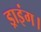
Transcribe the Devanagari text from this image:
ड्राइंग।